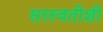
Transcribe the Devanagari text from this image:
सरस्वतीशी